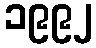
၁၉၉၂